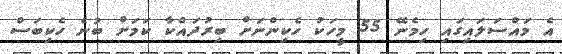
އެ މައްސަަލައިގައި ހިމެނޭ 55 މީހަކު ހެކިންނަށް ބިރުދައްކާ ކަމަށް ބުނެ ހެކިބަސް